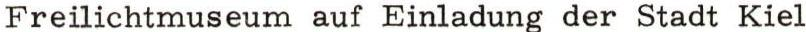
Freilichtmuseum auf Einladung der Stadt Kiel